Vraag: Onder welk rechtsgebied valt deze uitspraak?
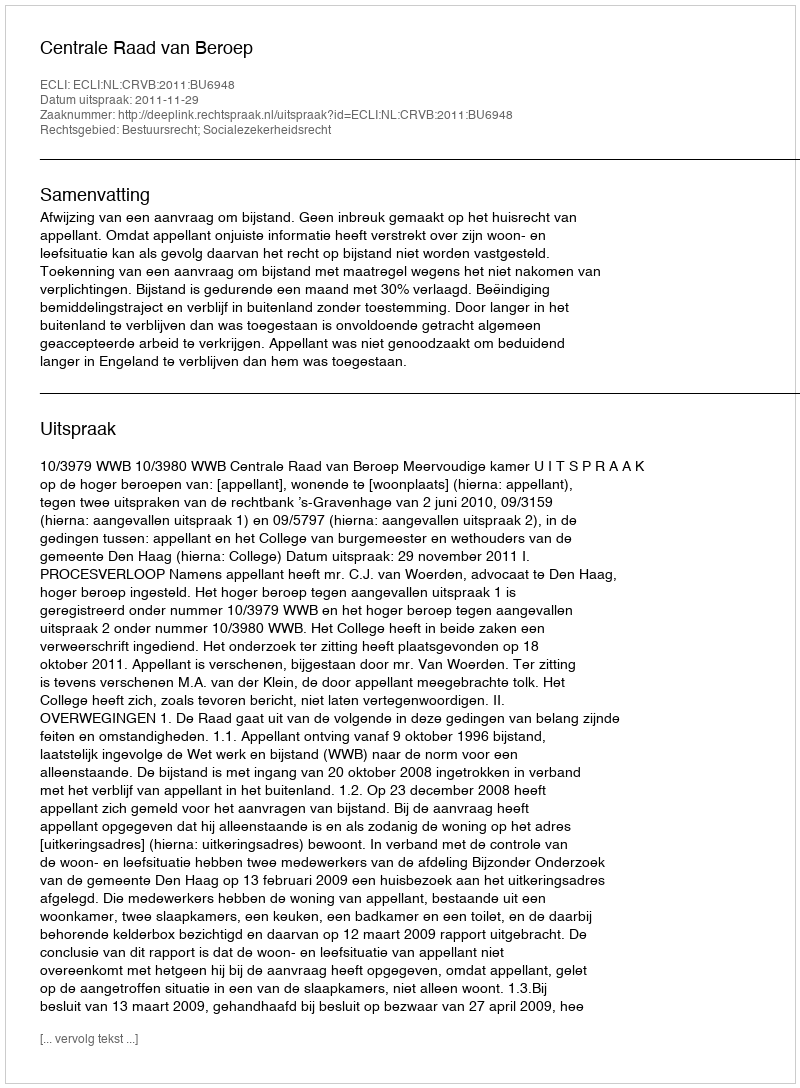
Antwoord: Bestuursrecht; Socialezekerheidsrecht